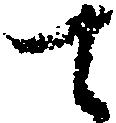
て